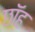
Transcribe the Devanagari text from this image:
छॉह